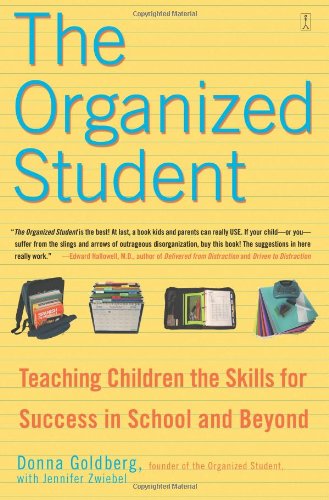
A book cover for The Organized Student: Teaching Children the Skills for Success in School and Beyond; Donna Goldberg; Education & Teaching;